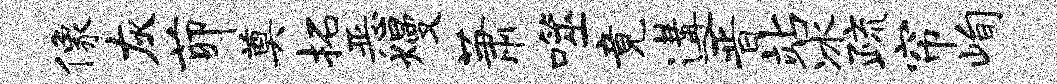
像灰茆奠拓恶熳萧噬竟遘晋站冰疏帘峋